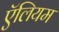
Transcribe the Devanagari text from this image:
ऍलियम